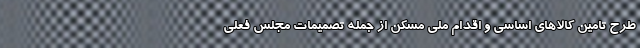
طرح تامین کالاهای اساسی و اقدام ملی مسکن از جمله تصمیمات مجلس فعلی